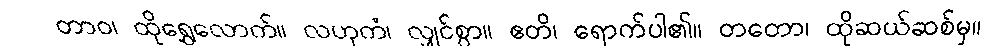
တာဝ၊ ထိုရွှေလောက်။ လဟုကံ၊ လျှင်စွာ။ ဧတိ၊ ရောက်ပါ၏။ တတော၊ ထိုဆယ်ဆစ်မှ။